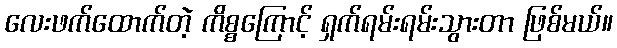
လေးဖက်ထောက်တဲ့ ကိစ္စကြောင့် ရှက်ရမ်းရမ်းသွားတာ ဖြစ်မယ်။